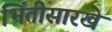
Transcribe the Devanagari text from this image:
भिंतीसारखे